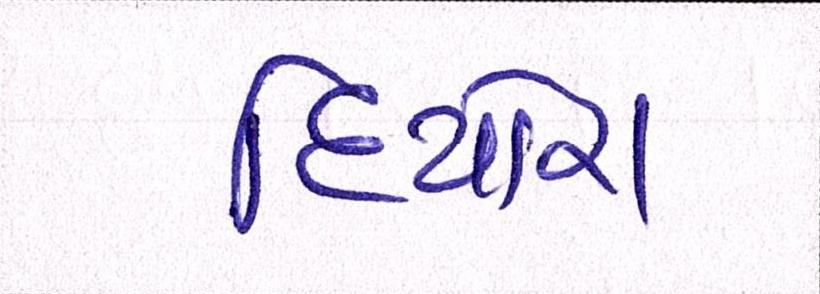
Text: દિયોરા